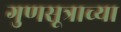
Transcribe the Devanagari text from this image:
गुणसूत्राच्या